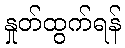
နှုတ်ထွက်ရန်